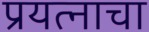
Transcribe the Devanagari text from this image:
प्रयत्‍नाचा